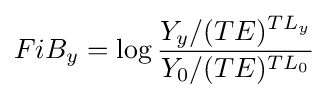
FiB_{y}=\log {\frac {Y_{y}/(TE)^{TL_{y}}}{Y_{0}/(TE)^{TL_{0}}}}